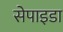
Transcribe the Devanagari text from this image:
सेपाइडा